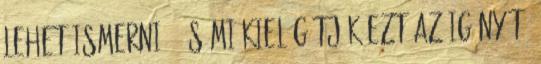
lehet ismerni -, s mi kielégítjük ezt az igényét,